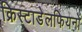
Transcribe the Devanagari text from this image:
क्रिस्टाडेलफियनों